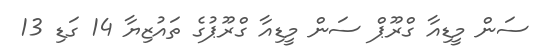
ސަން މީޑިއާ ގްރޫޕް ސަން މީޑިއާ ގްރޫޕުގެ ތައުޒިޔާ 14 ގަޑި 13